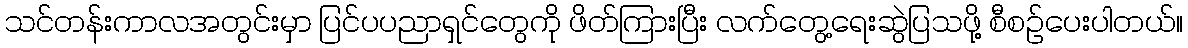
သင်တန်းကာလအတွင်းမှာ ပြင်ပပညာရှင်တွေကို ဖိတ်ကြားပြီး လက်တွေ့ရေးဆွဲပြသဖို့ စီစဉ်ပေးပါတယ်။